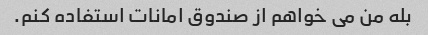
بله من می خواهم از صندوق امانات استفاده کنم.